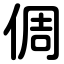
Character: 倜